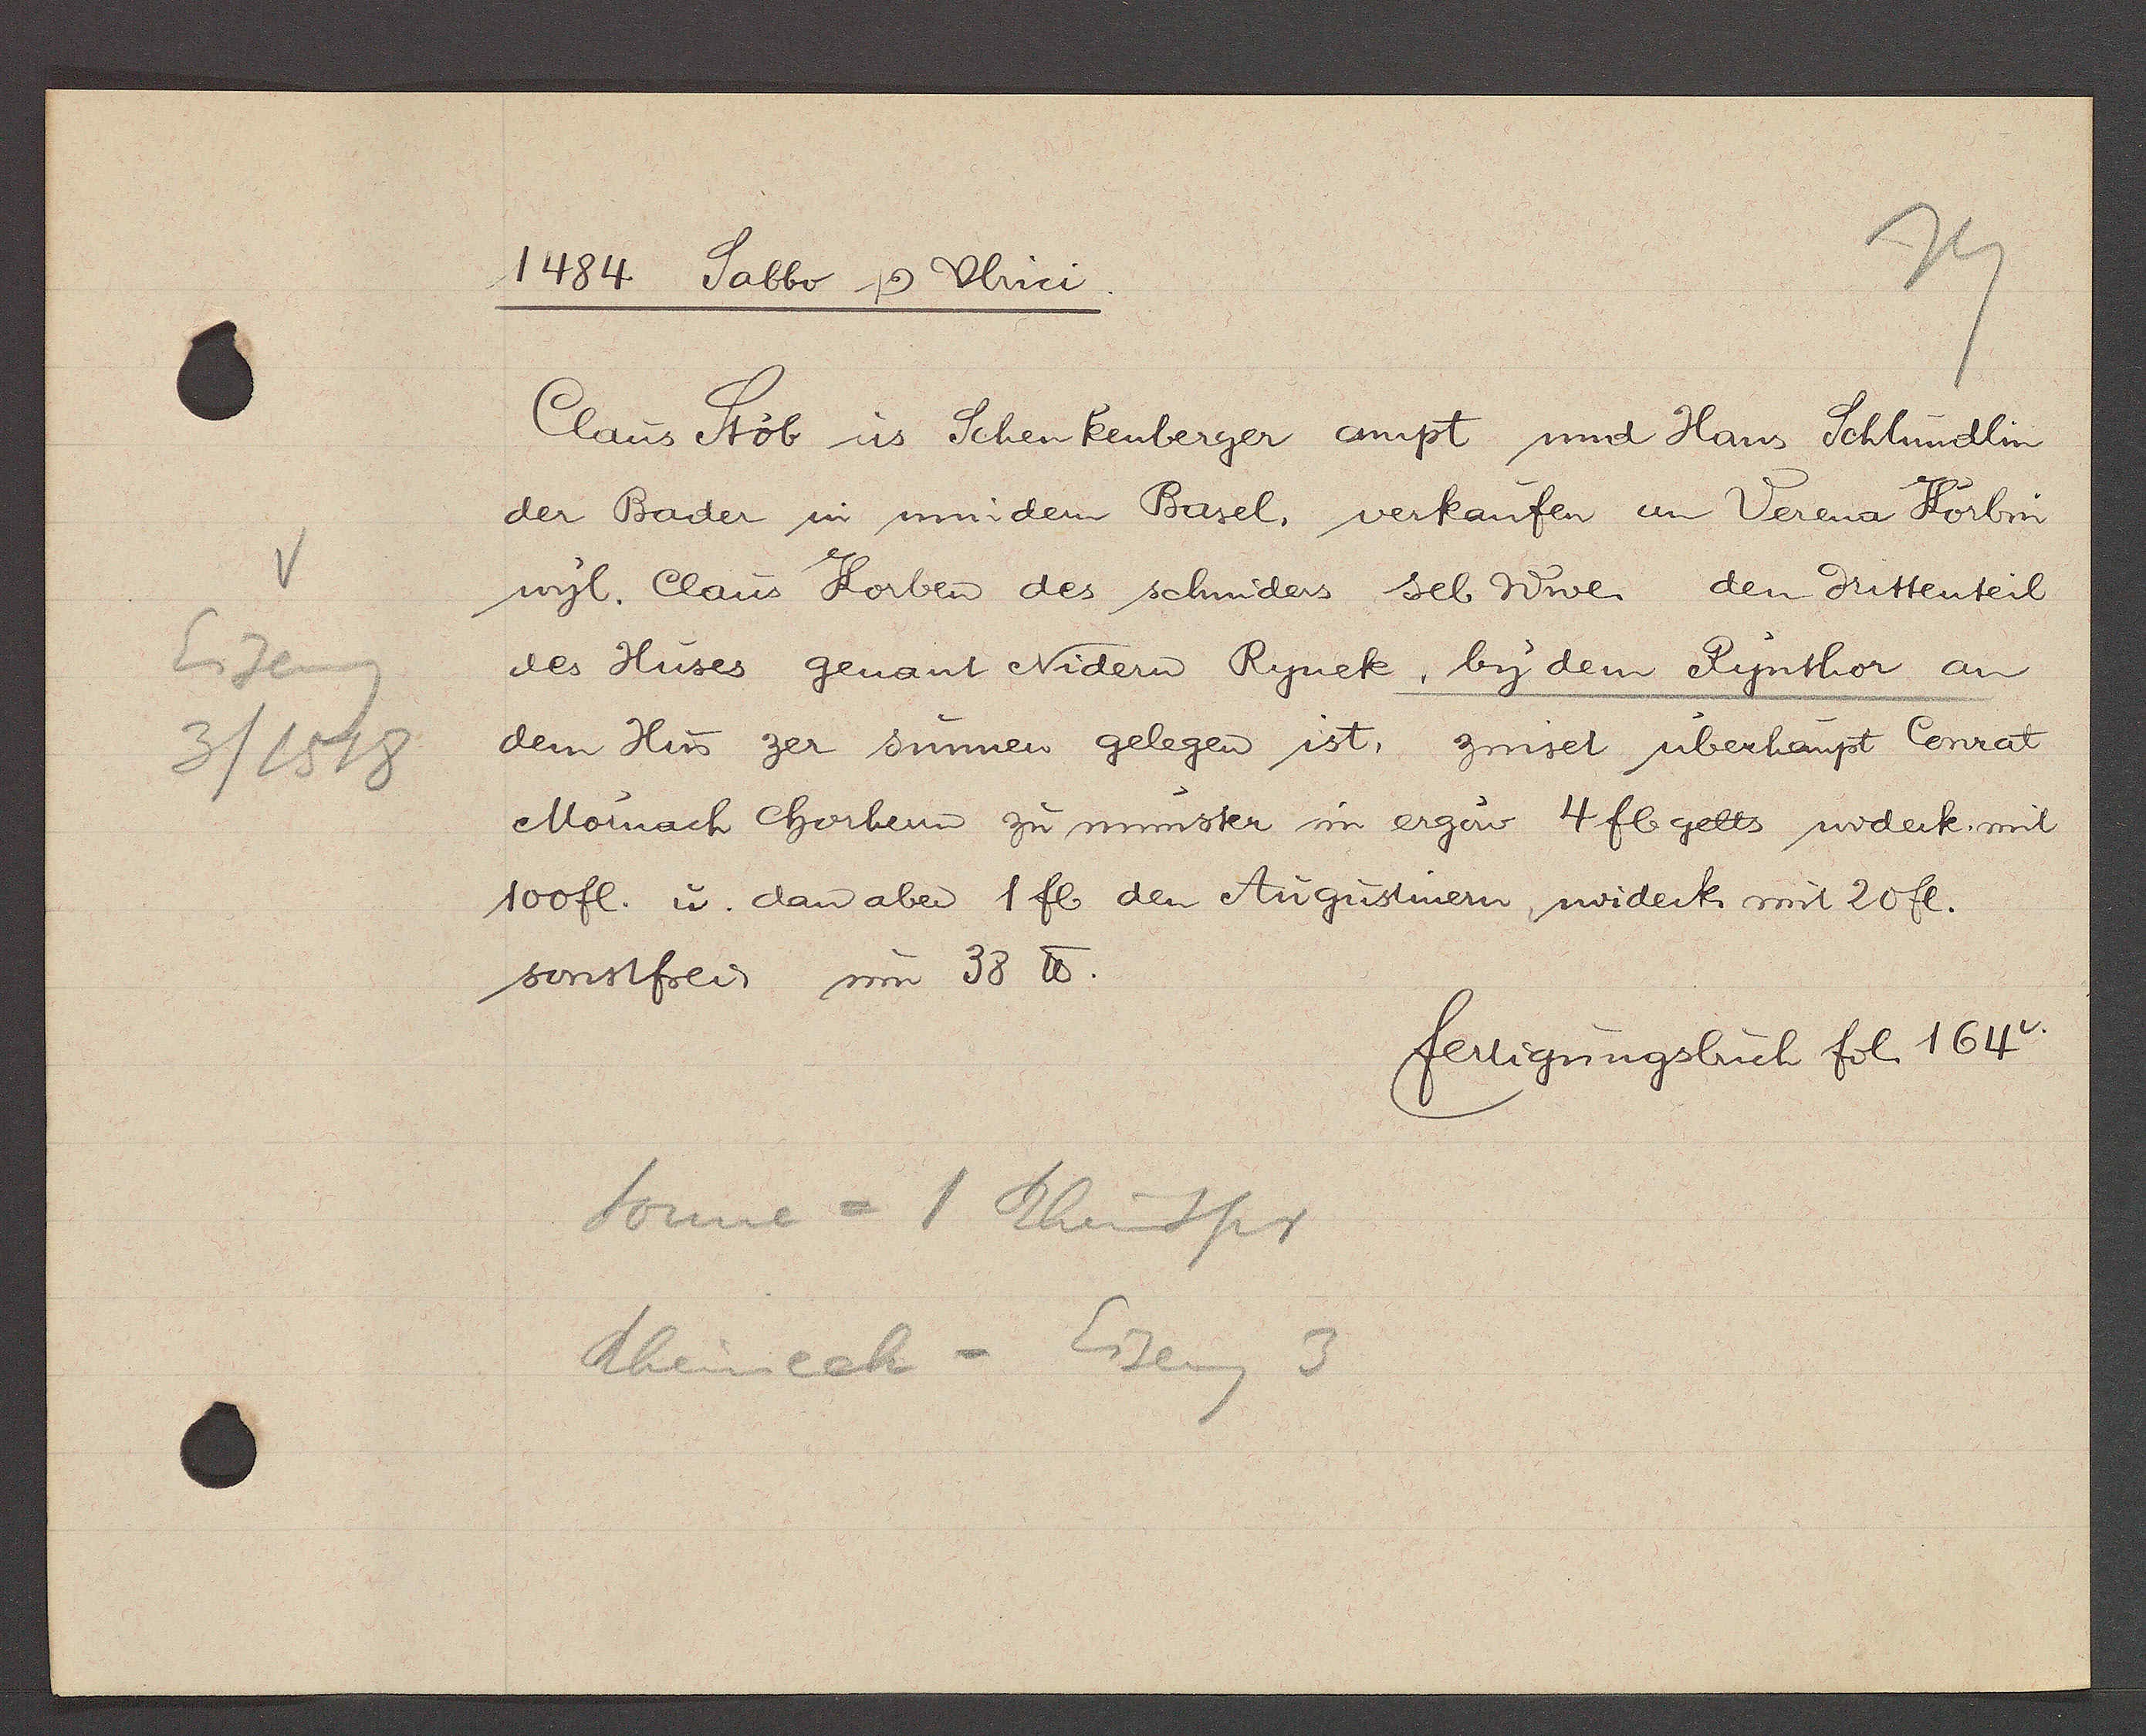
Transcript:
Eiseng
3 / 1518

1484 Sabbo Ƿ Ulrici.

Claus Stob us Schenkenberger ampt und Hans Schlundlin
der Bader in mindem Basel, verkaufen an Verena Korbin
wyl. Claus Korben des schniders sel Wwe den drittenteil
des Huses genant Nidern Rynek , by dem Rynthor an
dem Hus zer sunnen gelegen ist, zinset uberhaupt Conrat
Moinach Chorhern zu munster im ergouw 4 fl gelts widerk mit
100 fl. u dan aber 1 fl den Augustinern widerk mit 20 fl.
sonstfrei um 38 ℔.

fertigungsbuch fol 164v.

Sonne = 1 Rheinspr
Rheineck = Eiseng 3